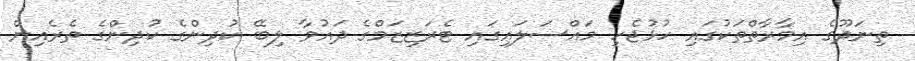
ތިނަދޫގެ އިމާރާތްތަކުގައި ހުޅުޖެހި މައްސަލައިގައި ޓެރަޒިޒަމްގެ ދައުވާ ލިބޭ ކުދިންގެ ކުދިންގެ ތެރެއިން